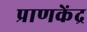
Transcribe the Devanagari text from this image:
प्राणकेंद्र